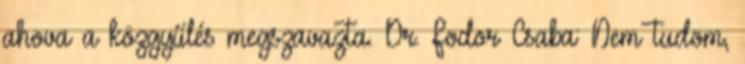
ahova a közgyűlés megszavazta. Dr. Fodor Csaba: Nem tudom,